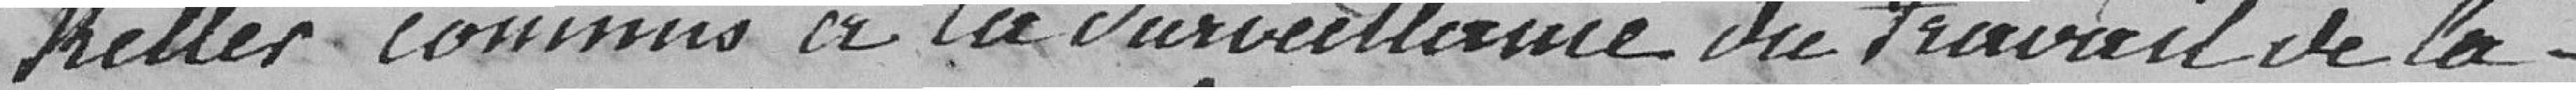
Keller commis à la surveillance du travail de la